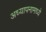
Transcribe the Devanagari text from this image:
अध्यापनामध्ये